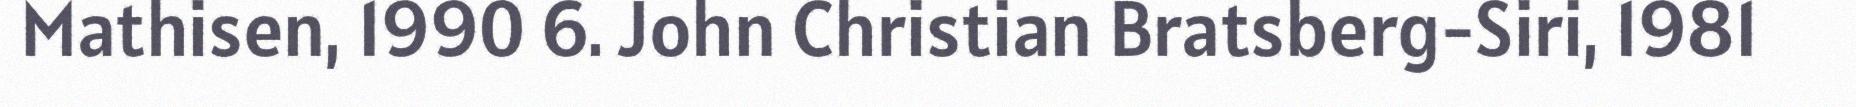
Mathisen, 1990 6. John Christian Bratsberg-Siri, 1981